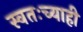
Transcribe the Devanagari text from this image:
स्वतःच्याही